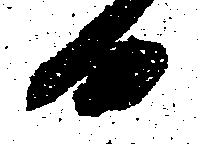
日